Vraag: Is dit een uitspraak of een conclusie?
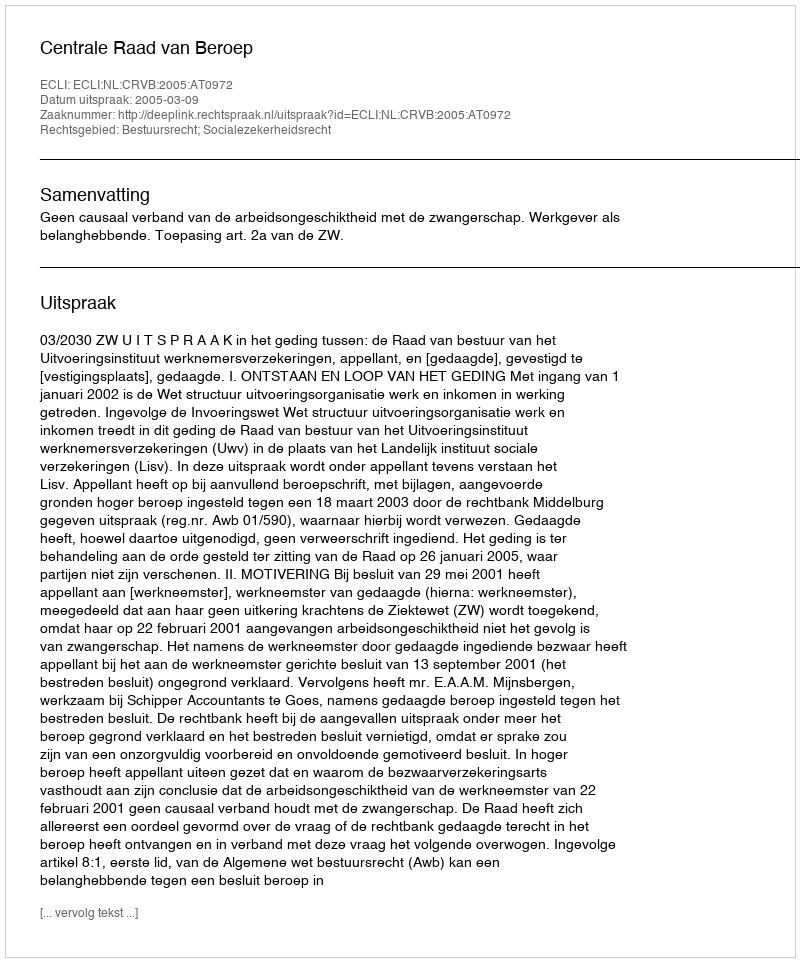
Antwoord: Uitspraak